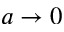
a \to 0